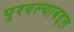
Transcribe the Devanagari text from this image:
पुरवल्याबद्दल